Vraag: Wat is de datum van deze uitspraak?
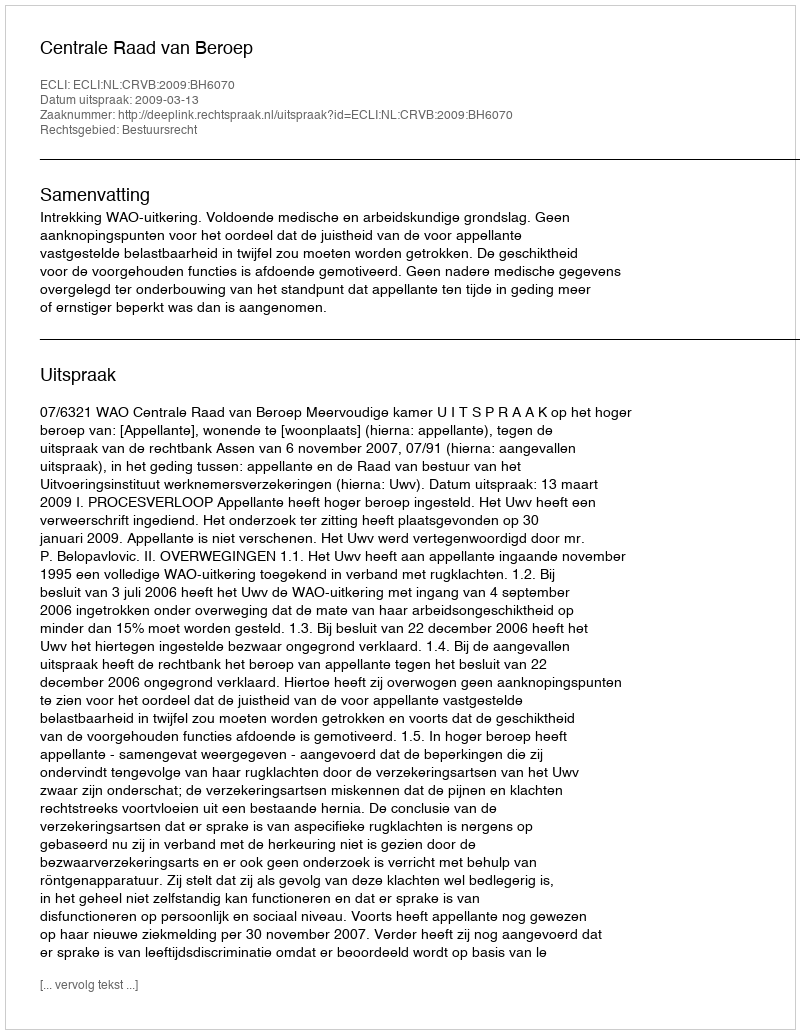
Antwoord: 2009-03-13